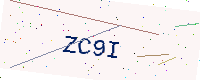
Text: ZC9I